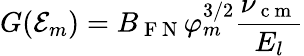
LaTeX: G({\cal E}_{m})=B_{\mathrm{~F~N~}}\varphi_{m}^{3/2}\frac{\nu_{\mathrm{~c~m~}}}{E_{l}}